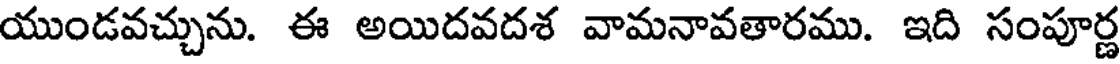
యుండవచ్చును. ఈ అయిదవదశ వామనావతారము. ఇది సంపూర్ణ